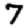
Digit: 7